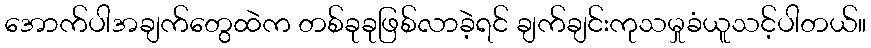
အောက်ပါအချက်တွေထဲက တစ်ခုခုဖြစ်လာခဲ့ရင် ချက်ချင်းကုသမှုခံယူသင့်ပါတယ်။